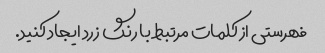
فهرستی از کلمات مرتبط با رنگ زرد ایجاد کنید.